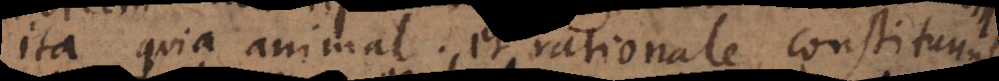
ita quia animal et rationale constituunt